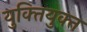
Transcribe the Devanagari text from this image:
युक्‍ितयुक्‍त